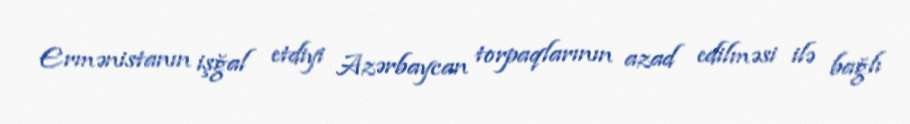
Ermənistanın işğal etdiyi Azərbaycan torpaqlarının azad edilməsi ilə bağlı